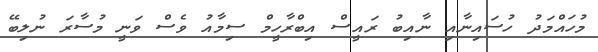
މުހައްމަދު ހުސައިނާއި ނާއިބު ރައީސް އިބްރާހީމް ސިމާއު ވެސް ވަނީ މުސާރަ ނުލިބޭ